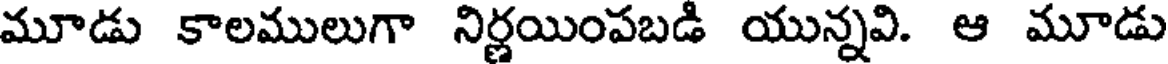
మూడు కాలములుగా నిర్ణయింపబడి యున్నవి. ఆ మూడు